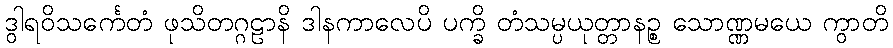
ဒွါရဝိသင်္ကေတံ ဖုသိတဂ္ဂဠာနိ ဒါနကာလေပိ ပက္ခိ တံသမ္ပယုတ္တာနဉ္စ သောဏ္ဏမယေ ကွာတိ